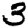
Digit: 3